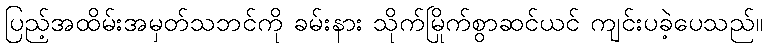
ပြည့်အထိမ်းအမှတ်သဘင်ကို ခမ်းနား သိုက်မြိုက်စွာဆင်ယင် ကျင်းပခဲ့ပေသည်။